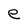
Character: e